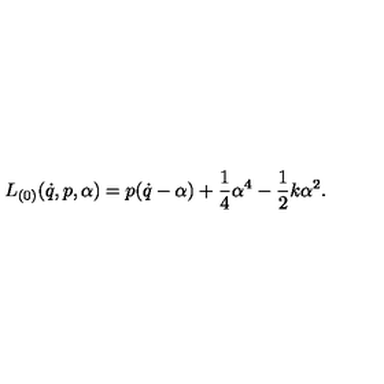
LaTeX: L _ { ( 0 ) } ( \dot { q } , p , \alpha ) = p ( \dot { q } - \alpha ) + \frac 1 4 \alpha ^ { 4 } - \frac 1 2 k \alpha ^ { 2 } .